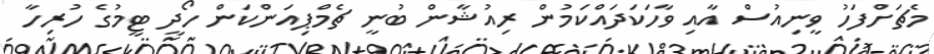
މެޗަށްފަހު ވީނިއުސް އާއި ވާހަކަދައްކަމުން ރިއުޝާން ބުނީ ޗެމްޕިއަންކަން ހޯދީ ޓީމުގެ ހުރިހާ